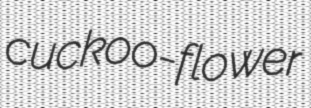
cuckoo-flower